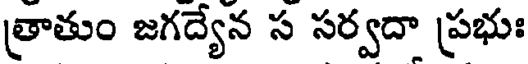
త్రాతుం జగద్యేన స సర్వదా ప్రభుః